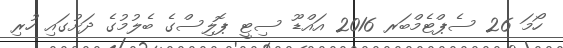
ހޯމަ 26 ސެޕްޓެމްބަރ 2016 އައްޑޫ ސިޓީ ޕޮލިސްގެ ބެލުމުގެ ދަށުގައި ހުރި